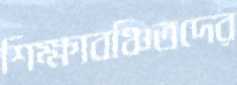
শিক্ষাবঞ্চিতদের